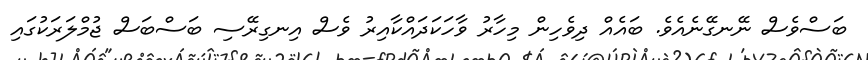
ބަސްވެސް ނޭނގޭނެއެވެ. ބައެއް ދިވެހިން މިހާރު ވާހަކަދައްކާއިރު ވެސް އިނގިރޭސި ބަސްބަސް ޖުމްލަރަކުގައި